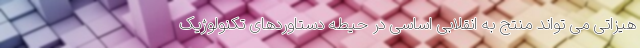
هیزاتی می تواند منتج به انقلابی اساسی در حیطه دستاوردهای تکنولوژیک